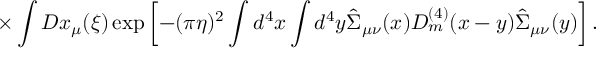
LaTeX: \times \int D x _ { \mu } ( \xi ) \exp \left[ - ( \pi \eta ) ^ { 2 } \int d ^ { 4 } x \int d ^ { 4 } y \hat { \Sigma } _ { \mu \nu } ( x ) D _ { m } ^ { ( 4 ) } ( x - y ) \hat { \Sigma } _ { \mu \nu } ( y ) \right] .